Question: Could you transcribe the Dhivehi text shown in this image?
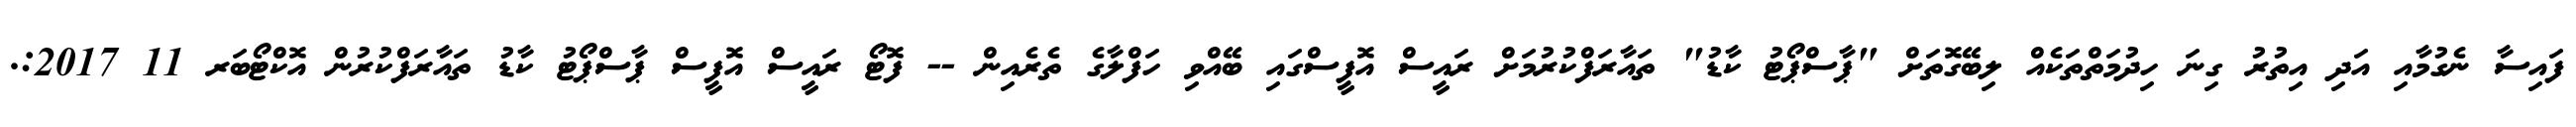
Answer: ފައިސާ ނެގުމާއި އަދި އިތުރު ގިނަ ހިދުމަތްތަކެއް ލިބޭގޮތަށް "ޕާސްޕޯޓު ކާޑު" ތައާރަފްކުރުމަށް ރައީސް އޮފީސްގައި ބޭއްވި ހަފްލާގެ ތެރެއިން -- ފޮޓޯ ރައީސް އޮފީސް ޕާސްޕޯޓު ކާޑު ތައާރަފްކުރުން އޮކްޓޯބަރ 11 2017:.